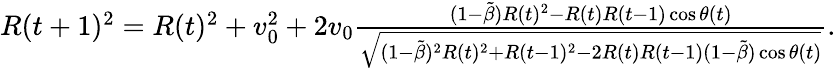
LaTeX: \begin{array}{r}{R(t+1)^{2}=R(t)^{2}+v_{0}^{2}+2v_{0}\frac{(1-\tilde{\beta})R(t)^{2}-R(t)R(t-1)\cos\theta(t)}{\sqrt{(1-\tilde{\beta})^{2}R(t)^{2}+R(t-1)^{2}-2R(t)R(t-1)(1-\tilde{\beta})\cos\theta(t)}}.}\end{array}